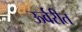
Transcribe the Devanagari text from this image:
ऊर्वरीत